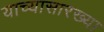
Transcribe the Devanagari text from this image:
याच्यासारख्या